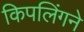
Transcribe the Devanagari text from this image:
किपलिंगने